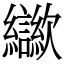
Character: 㱍